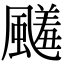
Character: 𩘭